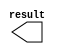
module const_y (
	result);

	output	[9:0]  result;

endmodule